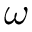
\boldsymbol { \omega }